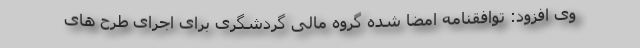
وی افزود: توافقنامه امضا شده گروه مالی گردشگری برای اجرای طرح های